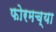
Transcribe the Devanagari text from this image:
फोरमच्या